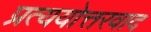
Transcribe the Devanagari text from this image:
प्रत्ययोत्तरवाद